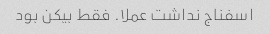
اسفناج نداشت عملا. فقط بیکن بود